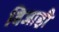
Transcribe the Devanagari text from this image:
बिजाही